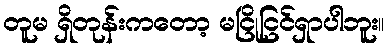
တူမ ရှိတုန်းကတော့ မငြိုငြင်ရှာပါဘူး။